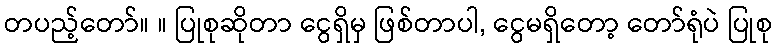
တပည့်တော်။ ။ ပြုစုဆိုတာ ငွေရှိမှ ဖြစ်တာပါ, ငွေမရှိတော့ တော်ရုံပဲ ပြုစု